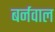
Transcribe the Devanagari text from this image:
बर्नवाल